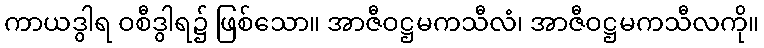
ကာယဒွါရ ဝစီဒွါရ၌ ဖြစ်သော။ အာဇီဝဋ္ဌမကသီလံ၊ အာဇီဝဋ္ဌမကသီလကို။